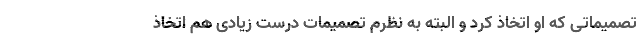
تصمیماتی که او اتخاذ کرد و البته به نظرم تصمیمات درست زیادی هم اتخاذ